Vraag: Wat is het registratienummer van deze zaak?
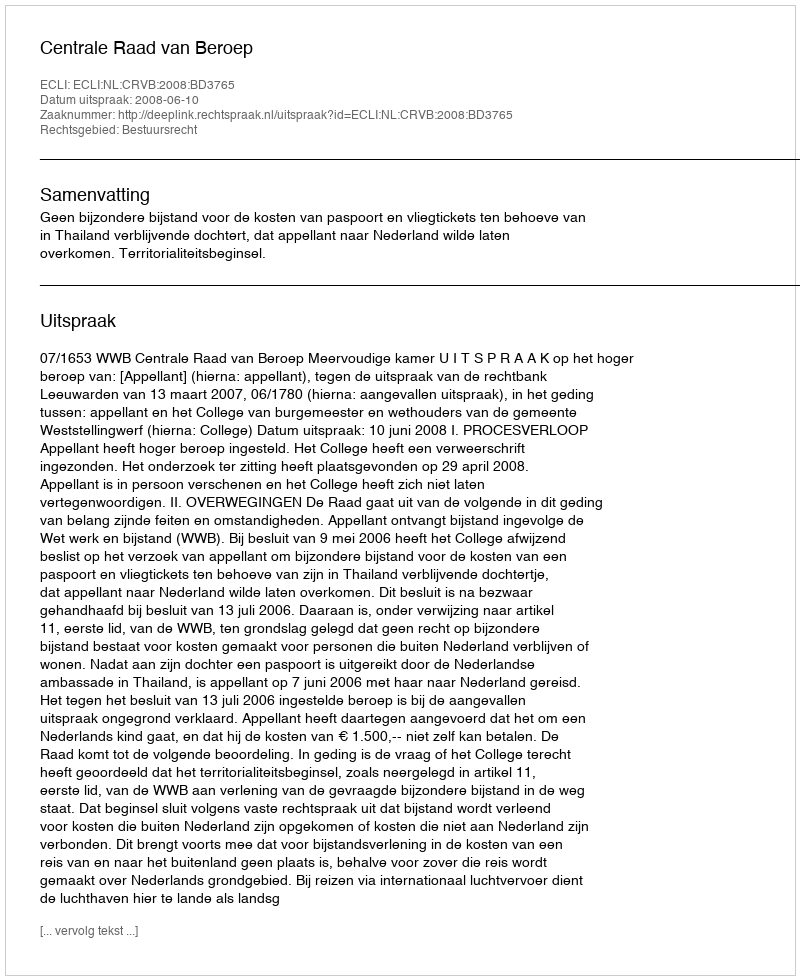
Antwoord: http://deeplink.rechtspraak.nl/uitspraak?id=ECLI:NL:CRVB:2008:BD3765